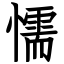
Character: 懦